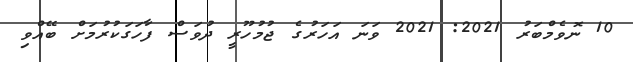
10 ނޮވެމްބަރު 2021: 2021 ވަނަ އަހަރުގެ ޖުމުހޫރީ ދުވަސް ފާހަގަކުރުމަށް ބޭއްވި